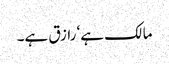
مالک ہے‘ رازق ہے۔